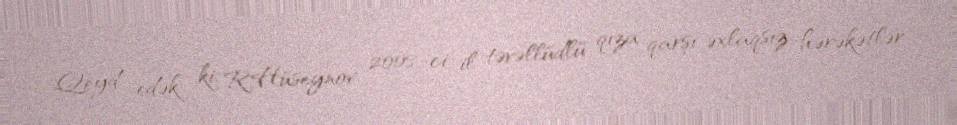
Qeyd edək ki, R.Hüseynov 2008-ci il təvəllüdlü qıza qarşı əxlaqsız hərəkətlər